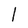
Character: I